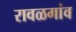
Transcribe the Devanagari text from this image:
रावळगांव